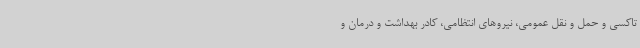
تاکسی و حمل‌ و نقل عمومی، نیروهای انتظامی، کادر بهداشت و درمان و